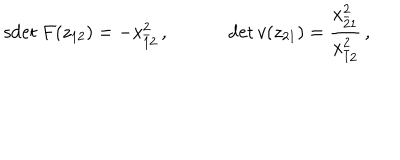
LaTeX: \begin{array} { c c } { { \mathrm { s d e t } \: F ( z _ { 1 2 } ) = - x _ { \bar { 1 } 2 } ^ { 2 } \, , ~ } } & { { ~ \det v ( z _ { 2 1 } ) = \displaystyle { \frac { x _ { \bar { 2 } 1 } ^ { 2 } } { x _ { \bar { 1 } 2 } ^ { 2 } } } \, , } } \\ \end{array}